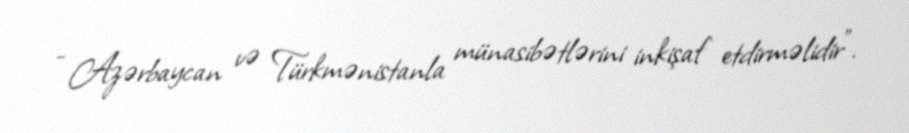
- Azərbaycan və Türkmənistanla münasibətlərini inkişaf etdirməlidir".